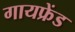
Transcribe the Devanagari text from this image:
गायफ्रेंड